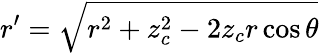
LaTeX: r^{\prime}=\sqrt{r^{2}+z_{c}^{2}-2z_{c}r\cos\theta}